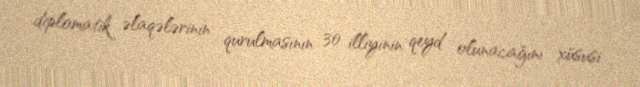
diplomatik əlaqələrinin qurulmasının 30 illiyinin qeyd olunacağını xüsusi